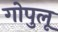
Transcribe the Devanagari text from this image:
गोपुलू